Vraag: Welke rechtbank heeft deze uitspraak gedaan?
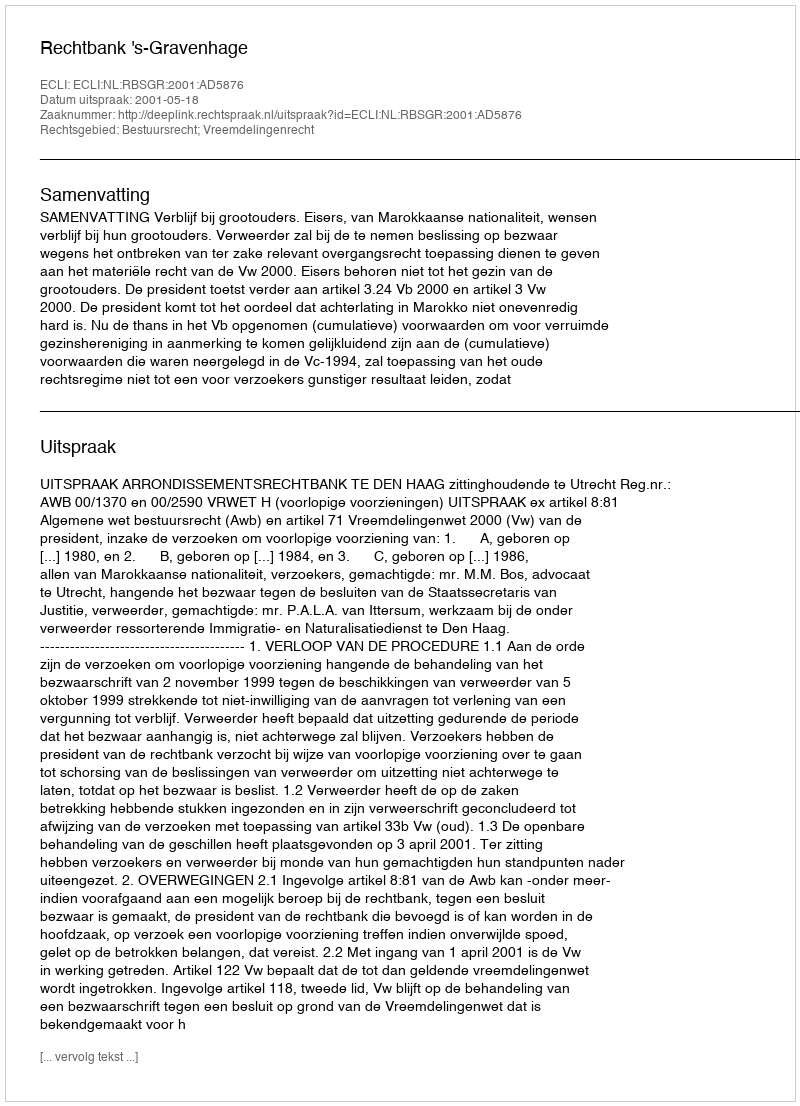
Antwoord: Rechtbank 's-Gravenhage